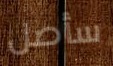
سأصل